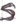
Text: S